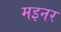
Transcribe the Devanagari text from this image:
मइनर